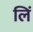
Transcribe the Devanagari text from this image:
लिं